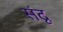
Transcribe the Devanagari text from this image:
संदृ